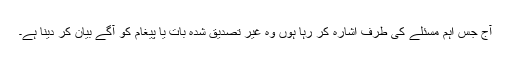
آج جس اہم مسئلے کی طرف اشارہ کر رہا ہوں وہ غیر تصدیق شدہ بات یا پیغام کو آگے بیان کر دینا ہے۔